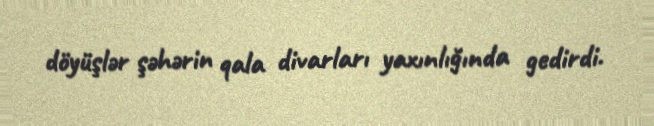
döyüşlər şəhərin qala divarları yaxınlığında gedirdi.